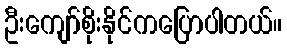
ဦးကျော်စိုးနိုင်ကပြောပါတယ်။